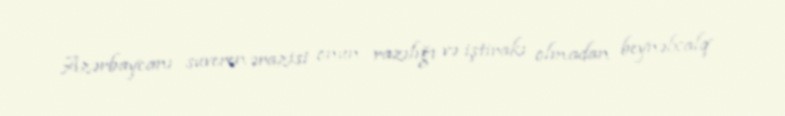
Azərbaycanı suveren ərazisi onun razılığı və iştirakı olmadan beynəlxalq